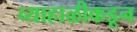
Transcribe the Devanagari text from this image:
व्याहाळीकडून